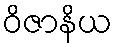
ဝိဇာနိယ